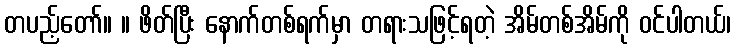
တပည့်တော်။ ။ ဖိတ်ပြီး နောက်တစ်ရက်မှာ တရားသဖြင့်ရတဲ့ အိမ်တစ်အိမ်ကို ဝင်ပါတယ်၊